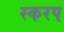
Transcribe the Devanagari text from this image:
स्करप